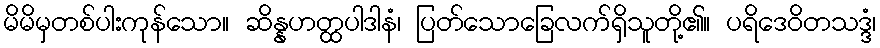
မိမိမှတစ်ပါးကုန်သော။ ဆိန္နဟတ္ထပါဒါနံ၊ ပြတ်သောခြေလက်ရှိသူတို့၏။ ပရိဒေဝိတသဒ္ဒံ၊